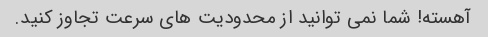
آهسته! شما نمی توانید از محدودیت های سرعت تجاوز کنید.